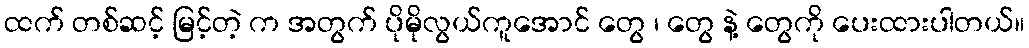
ထက် တစ်ဆင့် မြင့်တဲ့ က အတွက် ပိုမိုလွယ်ကူအောင် တွေ ၊ တွေ နဲ့ တွေကို ပေးထားပါတယ်။